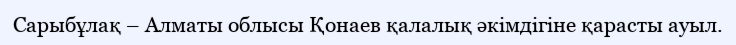
Сарыбұлақ – Алматы облысы Қонаев қалалық әкімдігіне қарасты ауыл.